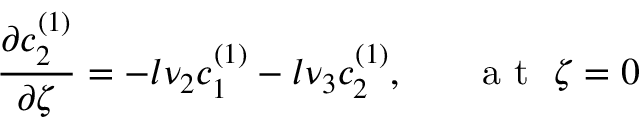
\frac { \partial c _ { 2 } ^ { ( 1 ) } } { \partial \zeta } = - l \nu _ { 2 } c _ { 1 } ^ { ( 1 ) } - l \nu _ { 3 } c _ { 2 } ^ { ( 1 ) } , ~ ~ ~ ~ ~ \mathrm { ~ a ~ t ~ } ~ \zeta = 0